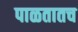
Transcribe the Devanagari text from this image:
पाळतातच